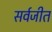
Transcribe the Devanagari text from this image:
सर्वजीत